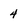
Character: 4